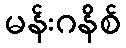
မန်းဂနိစ်